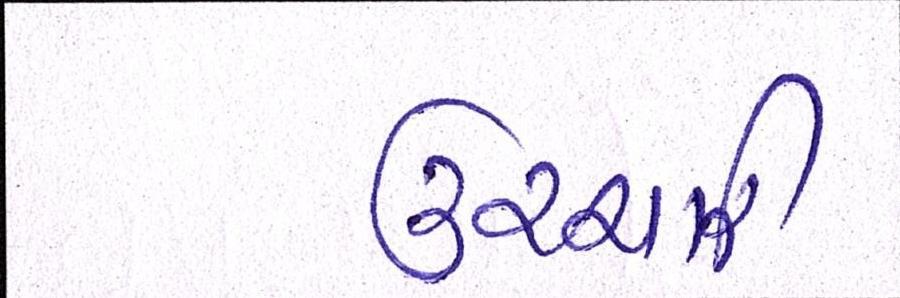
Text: ઉચ્ચારી